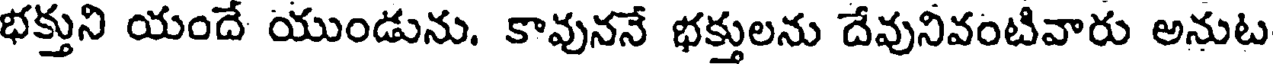
భక్తుని యందే యుండును. కావుననే భక్తులను దేవునివంటివారు అనుట